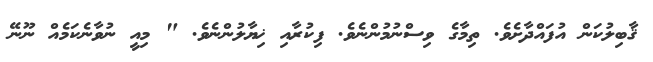
ޤާބިލުކަން އުފައްދާށެވެ. ތިމާގެ ވިސްނުމުންނެވެ. ފިކުރާއި ޚިޔާލުންނެވެ. " މިއީ ނުވާނެކަމެއް ނޫނޭ